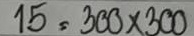
15 = 300x300